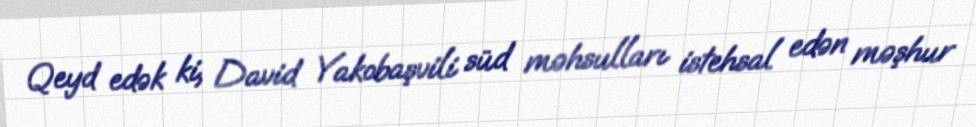
Qeyd edək ki, David Yakobaşvili süd məhsulları istehsal edən məşhur